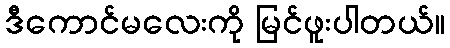
ဒီကောင်မလေးကို မြင်ဖူးပါတယ်။